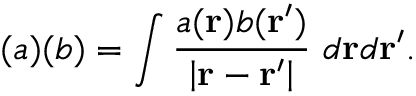
( a ) ( b ) = \int \frac { a ( { \bf r } ) b ( { \bf r ^ { \prime } } ) } { \left| { \bf r } - { \bf r ^ { \prime } } \right| } ~ d { \bf r } d { \bf r ^ { \prime } } .